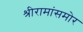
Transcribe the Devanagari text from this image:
श्रीरामांसमोर